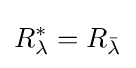
R_{\lambda }^{*}=R_{\bar {\lambda }}